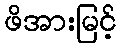
ဖိအားမြင့်